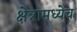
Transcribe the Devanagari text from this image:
क्षेत्रामध्येच